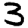
Digit: 3